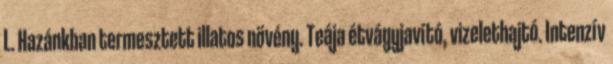
L. Hazánkban termesztett illatos növény. Teája étvágyjavító, vizelethajtó. Intenzív